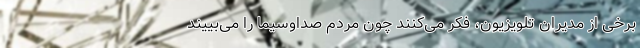
برخی از مدیران تلویزیون، فکر می‌کنند چون مردم صداوسیما را می‌بییند